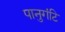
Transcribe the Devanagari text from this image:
पानुगंटि